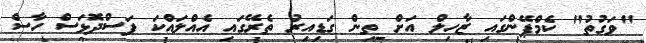
"ވަގުތު" ކެމްޕޭންގައި ޒާހިލް އަށް ތިން ގަޑިއިރު ތެރޭގައި އެއްލައްކަ ފަސްދޮޅަސް ހާސް